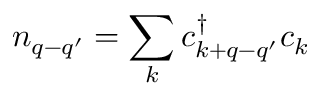
n _ { q - q ^ { \prime } } = \sum _ { k } c _ { k + q - q ^ { \prime } } ^ { \dag } c _ { k }